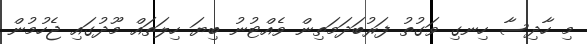
މި ހާދިސާ ހިނގި ވަގުތު ފަރުބަދަމަތިން ވެއްޓުނު ބިޔަ ހިލަތައް މޫދުގައި ޖެހުމުން